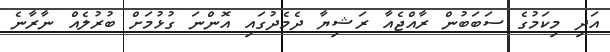
އަދި މިކަމުގެ ސަބަބުން ރާއްޖެއާ ރަޝިޔާ ދެމެދުގައި އޮންނަ ގުޅުމަށް ބުރުލެއް ނާރާނެ